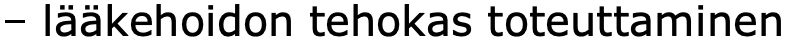
– lääkehoidon tehokas toteuttaminen